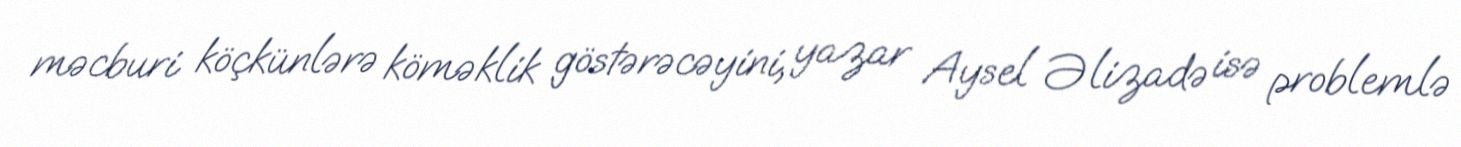
məcburi köçkünlərə köməklik göstərəcəyini, yazar Aysel Əlizadə isə problemlə